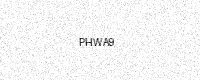
Text: PHWA9